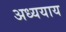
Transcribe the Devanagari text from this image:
अध्ययाय